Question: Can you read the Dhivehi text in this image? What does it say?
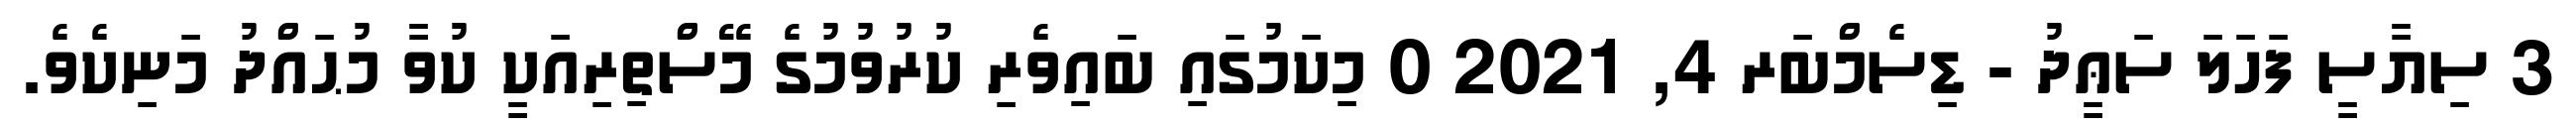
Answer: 3 ސިޔާސީ ފަހަލަ ސަޢީދު - ޑިސެމްބަރ 4, 2021 0 މިކަމުގައި ބައިވެރި ކުރުވުމުގެ މޭސްތިރިއަކީ ކުވާ މުޙައްދު މަނިކެވެ.